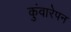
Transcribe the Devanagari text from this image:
कुंवारेपन